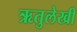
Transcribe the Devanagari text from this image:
ऋतुलेखी